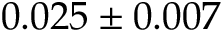
0 . 0 2 5 \pm 0 . 0 0 7